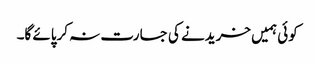
کوئی ہمیں خریدنے کی جسارت نہ کرپائے گا۔